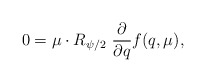
\begin{align*} 0 = \mu\cdot R_{\psi/2}\ {\partial\over {\partial q}}f(q,\mu),\end{align*}